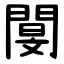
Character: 閺